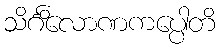
သိင်္ဂိလောဏကပ္ပေါတိ